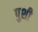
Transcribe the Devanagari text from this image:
पुशी